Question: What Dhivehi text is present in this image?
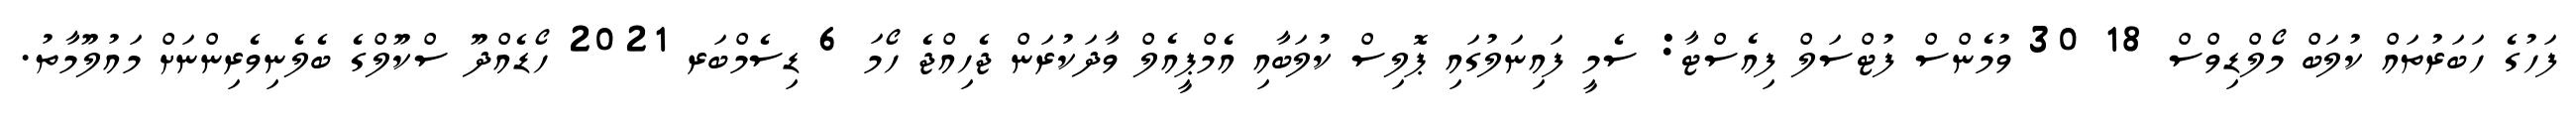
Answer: ފަހުގެ ހަބަރުތައް ކުލަބް މޯލްޑިވްސް 18 30 ވުމެންސް ފުޓްސަލް ފިއެސްޓާ: ސެމީ ފައިނަލުގައި ޕޮލިސް ކުލަބާއި އެމްޕީއެލް ވާދަކުރަން ޖެހިއްޖެ ހޯމަ 6 ޑިސެމްބަރ 2021 ހޯޑެއްދޫ ސްކޫލްގެ ބެލެނިވެރިންނަށް މައުލޫމާތު.